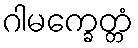
ဂါမက္ခေတ္တံ